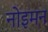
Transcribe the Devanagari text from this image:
नोइमन